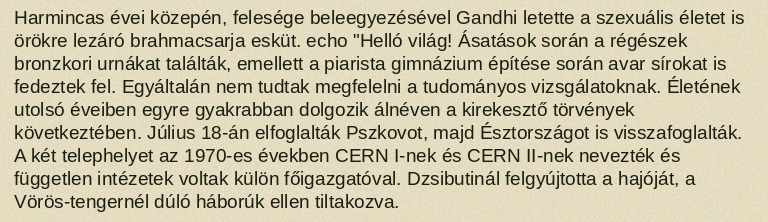
Harmincas évei közepén, felesége beleegyezésével Gandhi letette a szexuális életet is örökre lezáró brahmacsarja esküt. echo "Helló világ! Ásatások során a régészek bronzkori urnákat találták, emellett a piarista gimnázium építése során avar sírokat is fedeztek fel. Egyáltalán nem tudtak megfelelni a tudományos vizsgálatoknak. Életének utolsó éveiben egyre gyakrabban dolgozik álnéven a kirekesztő törvények következtében. Július 18-án elfoglalták Pszkovot, majd Észtországot is visszafoglalták. A két telephelyet az 1970-es években CERN I-nek és CERN II-nek nevezték és független intézetek voltak külön főigazgatóval. Dzsibutinál felgyújtotta a hajóját, a Vörös-tengernél dúló háborúk ellen tiltakozva.